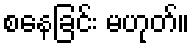
စနေခြင်း မဟုတ်။